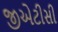
જીએટીસી